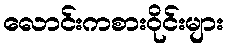
လောင်းကစားဝိုင်းများ